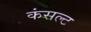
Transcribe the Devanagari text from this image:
कंसल्ट